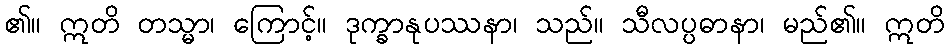
၏။ ဣတိ တသ္မာ၊ ကြောင့်။ ဒုက္ခာနုပဿနာ၊ သည်။ သီလပ္ပဓာနာ၊ မည်၏။ ဣတိ